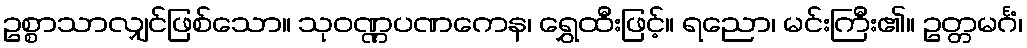
ဥစ္စာသာလျှင်ဖြစ်သော။ သုဝဏ္ဏပဏကေန၊ ရွှေထီးဖြင့်။ ရညော၊ မင်းကြီး၏။ ဥတ္တမင်္ဂံ၊